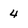
Character: 4